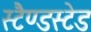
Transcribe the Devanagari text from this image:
स्टैण्डस्टेड